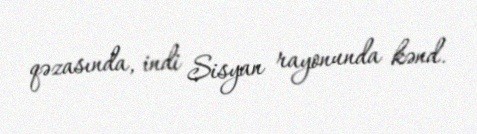
qəzasında, indi Sisyan rayonunda kənd.